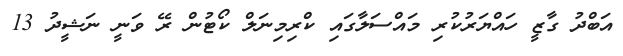
އަބްދު ގާޒީ ހައްޔަރުކުރި މައްސަލާގައި ކްރިމިނަލް ކޯޓުން ރޭ ވަނީ ނަޝީދު 13